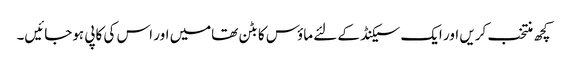
کچھ منتخب کریں اور ایک سیکنڈ کے لئے ماؤس کا بٹن تھامیں اور اس کی کاپی ہوجائیں۔